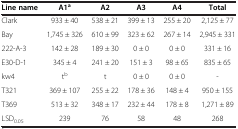
<table><thead><tr><td><b>Line name</b></td><td><b>A1<sup>a</sup></b></td><td><b>A2</b></td><td><b>A3</b></td><td><b>A4</b></td><td><b>Total</b></td></tr></thead><tbody><tr><td>Clark</td><td>933 ± 40</td><td>538 ± 21</td><td>399 ± 13</td><td>255 ± 20</td><td>2,125 ± 77</td></tr><tr><td>Bay</td><td>1,745 ± 326</td><td>610 ± 99</td><td>323 ± 62</td><td>267 ± 14</td><td>2,945 ± 331</td></tr><tr><td>222-A-3</td><td>142 ± 28</td><td>189 ± 30</td><td>0 ± 0</td><td>0 ± 0</td><td>331 ± 16</td></tr><tr><td>E30-D-1</td><td>345 ± 4</td><td>241 ± 20</td><td>151 ± 3</td><td>98 ± 65</td><td>835 ± 65</td></tr><tr><td>kw4</td><td>t<sup>b</sup></td><td>t</td><td>0 ± 0</td><td>0 ± 0</td><td>-</td></tr><tr><td>T321</td><td>369 ± 107</td><td>255 ± 22</td><td>178 ± 36</td><td>148 ± 4</td><td>950 ± 155</td></tr><tr><td>T369</td><td>513 ± 32</td><td>348 ± 17</td><td>232 ± 44</td><td>178 ± 8</td><td>1,271 ± 89</td></tr><tr><td>LSD<sub>0.05</sub></td><td>239</td><td>76</td><td>58</td><td>48</td><td>268</td></tr></tbody></table>